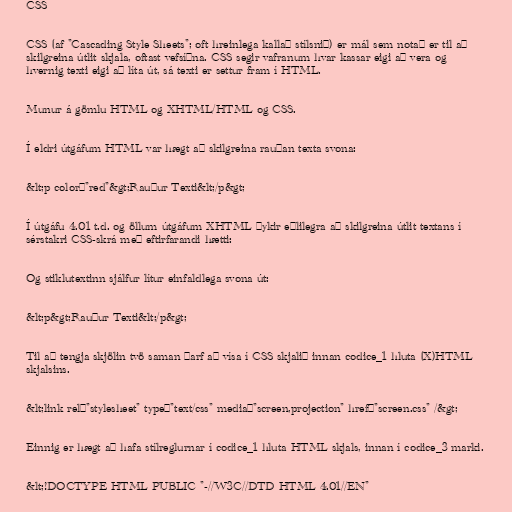
CSS

CSS (af "Cascading Style Sheets"; oft hreinlega kallað stílsnið) er mál sem notað er til að
skilgreina útlit skjala, oftast vefsíðna. CSS segir vafranum hvar kassar eigi að vera og
hvernig texti eigi að líta út, sá texti er settur fram í HTML.

Munur á gömlu HTML og XHTML/HTML og CSS.

Í eldri útgáfum HTML var hægt að skilgreina rauðan texta svona:

&lt;p color="red"&gt;Rauður Texti&lt;/p&gt;

Í útgáfu 4.01 t.d. og öllum útgáfum XHTML þykir eðlilegra að skilgreina útlit textans í
sérstakri CSS-skrá með eftirfarandi hætti:

Og stiklutextinn sjálfur lítur einfaldlega svona út:

&lt;p&gt;Rauður Texti&lt;/p&gt;

Til að tengja skjölin tvö saman þarf að vísa í CSS skjalið innan codice_1 hluta (X)HTML
skjalsins.

&lt;link rel="stylesheet" type="text/css" media="screen,projection" href="screen.css" /&gt;

Einnig er hægt að hafa stílreglurnar í codice_1 hluta HTML skjals, innan í codice_3 marki.

&lt;!DOCTYPE HTML PUBLIC "-//W3C//DTD HTML 4.01//EN"